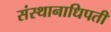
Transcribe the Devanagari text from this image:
संस्थानाधिपती